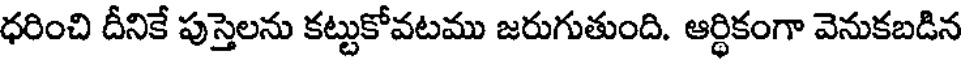
ధరించి దీనికే పుస్తెలను కట్టుకోవటము జరుగుతుంది. ఆర్థికంగా వెనుకబడిన